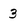
Character: 3